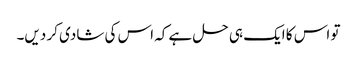
تو اس کا ایک ہی حل ہے کہ اس کی شادی کر دیں۔